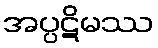
အပ္ပဋိမဿ